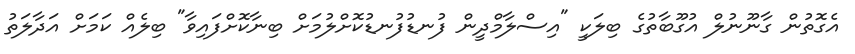
އެގޮތުން ގާނޫނުލް އުގޫބާތުގެ ބިލަކީ "އިސްލާމްދީން ފުނޑުފުނޑުކޮށްލުމަށް ބިނާކޮށްފައިވާ" ބިލެއް ކަމަށް އަދާލަތު